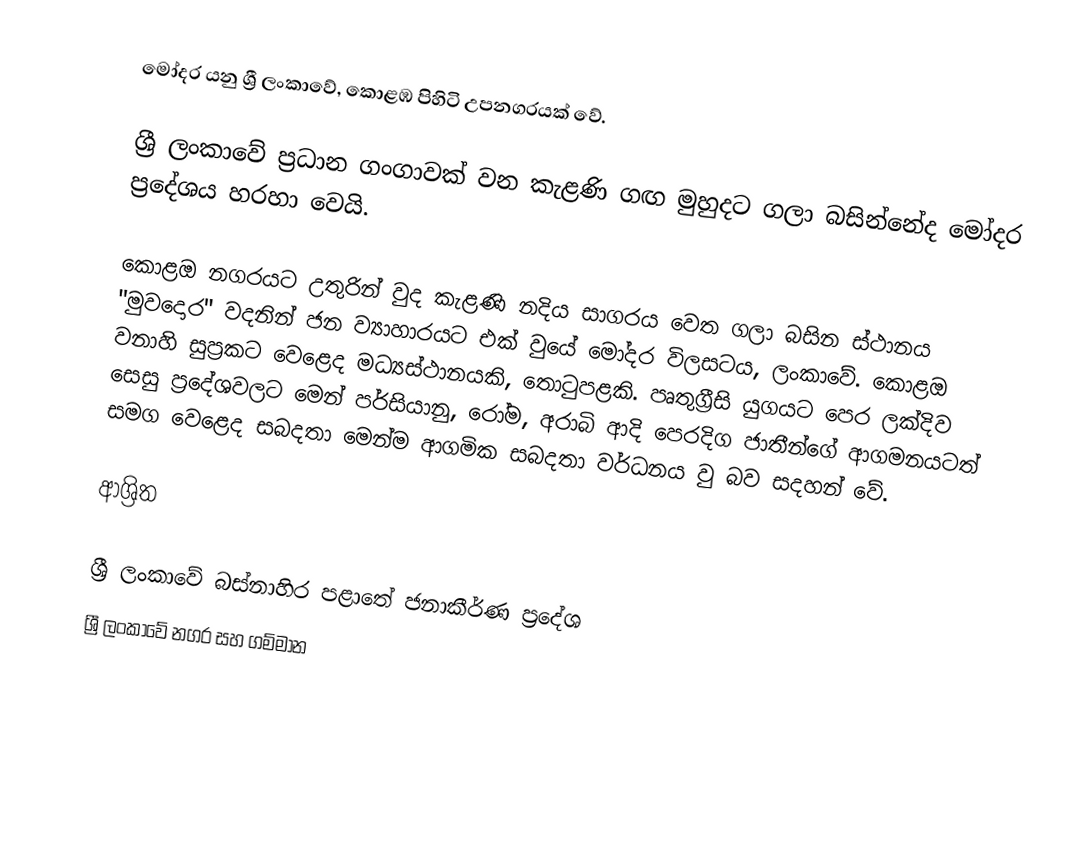
මෝදර යනු ශ්‍රී ලංකාවේ, කොළඹ පිහිටි උපනගරයක් වේ.

ශ්‍රී ලංකාවේ ප්‍රධාන ගංගාවක් වන කැළණි ගඟ මුහුදට ගලා බසින්නේද මෝදර ප්‍රදේශය හරහා වෙයි.

කොළඔ නගරයට උතුරින් වුද කැළණි නදිය සාගරය වෙත ගලා බසින ස්ථානය "මුවදොර" වදනින් ජන ව්‍යාහාරයට එක් වුයේ මෝදර විලසටය, ලංකාවේ. කොළඔ වනාහි සුප්‍රකට වෙළෙද මධ්‍යස්ථානයකි, තොටුපළකි. පෘතුග්‍රීසි යුගයට පෙර ලක්දිව සෙසු ප්‍රදේශවලට මෙන් පර්සියානු, රෝම, අරාබි ආදි පෙරදිග ජාතීන්ගේ ආගමනයටත් සමග වෙළෙද සබදතා මෙන්ම ආගමික සබදතා වර්ධනය වු බව සදහන් වේ.

ආශ්‍රිත

ශ්‍රී ලංකාවේ බස්නාහිර පළාතේ ජනාකීර්ණ ප්‍රදේශ
ශ්‍රී ලංකාවේ නගර සහ ගම්මාන